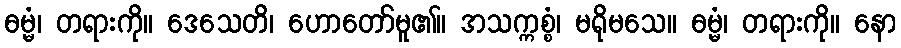
ဓမ္မံ၊ တရားကို။ ဒေသေတိ၊ ဟောတော်မူ၏။ အသက္ကစ္စံ၊ မရိုမသေ။ ဓမ္မံ၊ တရားကို။ နော